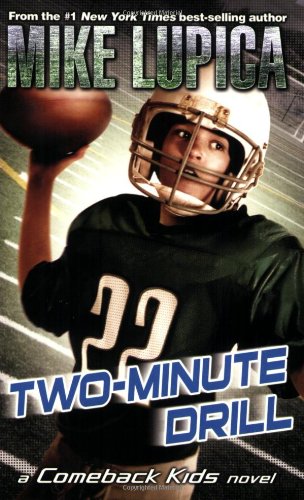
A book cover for Two-Minute Drill (Comeback Kids); Mike Lupica; Children's Books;